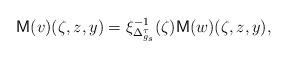
LaTeX: \begin{align*}\mathsf M(v)(\zeta,z,y)=\xi_{\Delta^\tau_{g_s}}^{-1}(\zeta)\mathsf M(w)(\zeta,z,y), \end{align*}